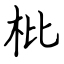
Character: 枇